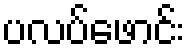
ပလပ်ဖောင်း